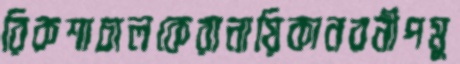
রিকশাচালকেরানায়িকানবনীপমু